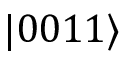
| 0 0 1 1 \rangle